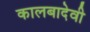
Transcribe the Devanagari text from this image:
कालबादेवी